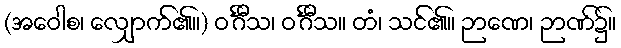
(အဝေါစ၊ လျှောက်၏။) ဝင်္ဂီသ၊ ဝင်္ဂီသ။ တံ၊ သင်၏။ ဉာဏေ၊ ဉာဏ်၌။